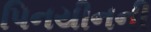
પિનયીનની